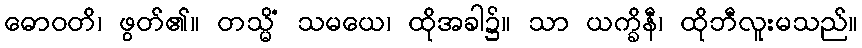
ဓောဝတိ၊ ဖွတ်၏။ တသ္မိံ သမယေ၊ ထိုအခါ၌။ သာ ယက္ခိနီ၊ ထိုဘီလူးမသည်။